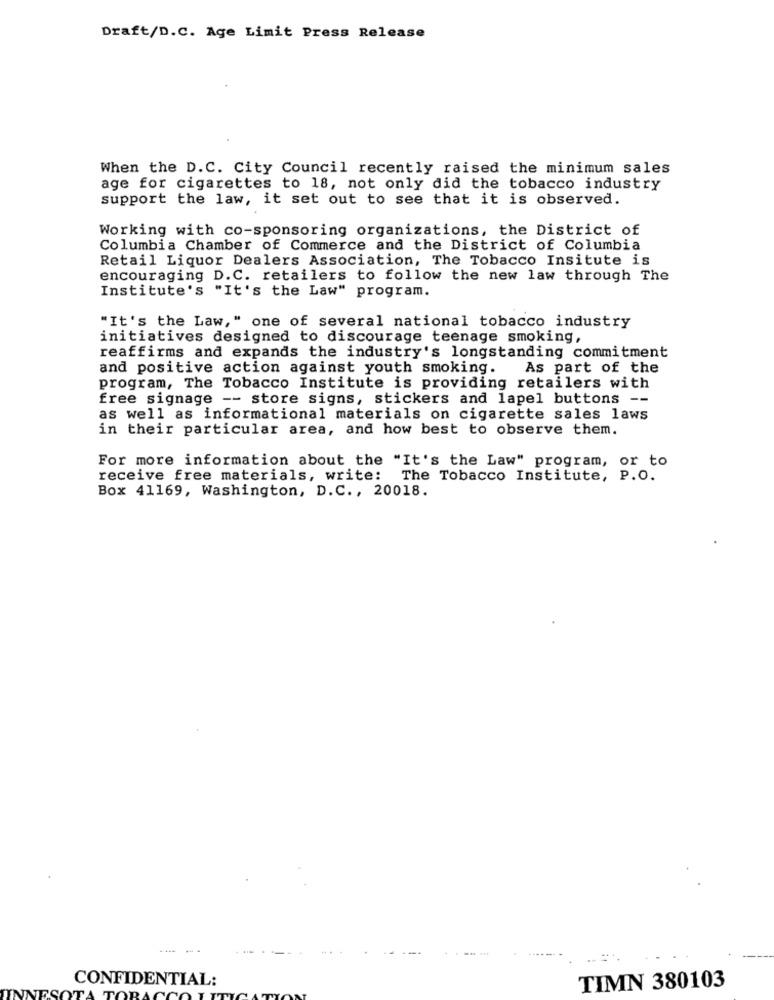
Draft/D.C. Age Limit Press Release
When the D.C. City Council recently raised the minimum sales
age for cigarettes to 18, not only did the tobacco industry
support the law, it set out to see that it is observed.
Working with co-sponsoring organizations, the District of
Columbia Chamber of Commerce and the District of Columbia
Retail Liquor Dealers Association, The Tobacco Insitute is
encouraging D.C. retailers to follow the new law through The
Institute's "It's the Law" program.
"It's the Law, " one of several national tobacco industry
initiatives designed to discourage teenage smoking,
reaffirms and expands the industry's longstanding commitment
and positive action against youth smoking. As part of the
program, The Tobacco Institute is providing retailers with
free signage -- store signs, stickers and lapel buttons --
as well as informational materials on cigarette sales laws
in their particular area, and how best to observe them.
For more information about the "It's the Law" program, or to
receive free materials, write:
The Tobacco Institute, P.O.
Box 41169, Washington, D.C ., 20018.
-- -
CONFIDENTIAL:
TIMN 380103
TORA